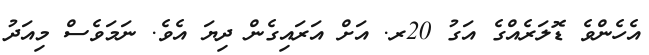
އެހެންވެ ޑޮލަރެއްގެ އަގު 20ރ. އަށް އަރައިގެން ދިޔަ އެވެ. ނަމަވެސް މިއަދު